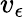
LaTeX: v_{\epsilon}